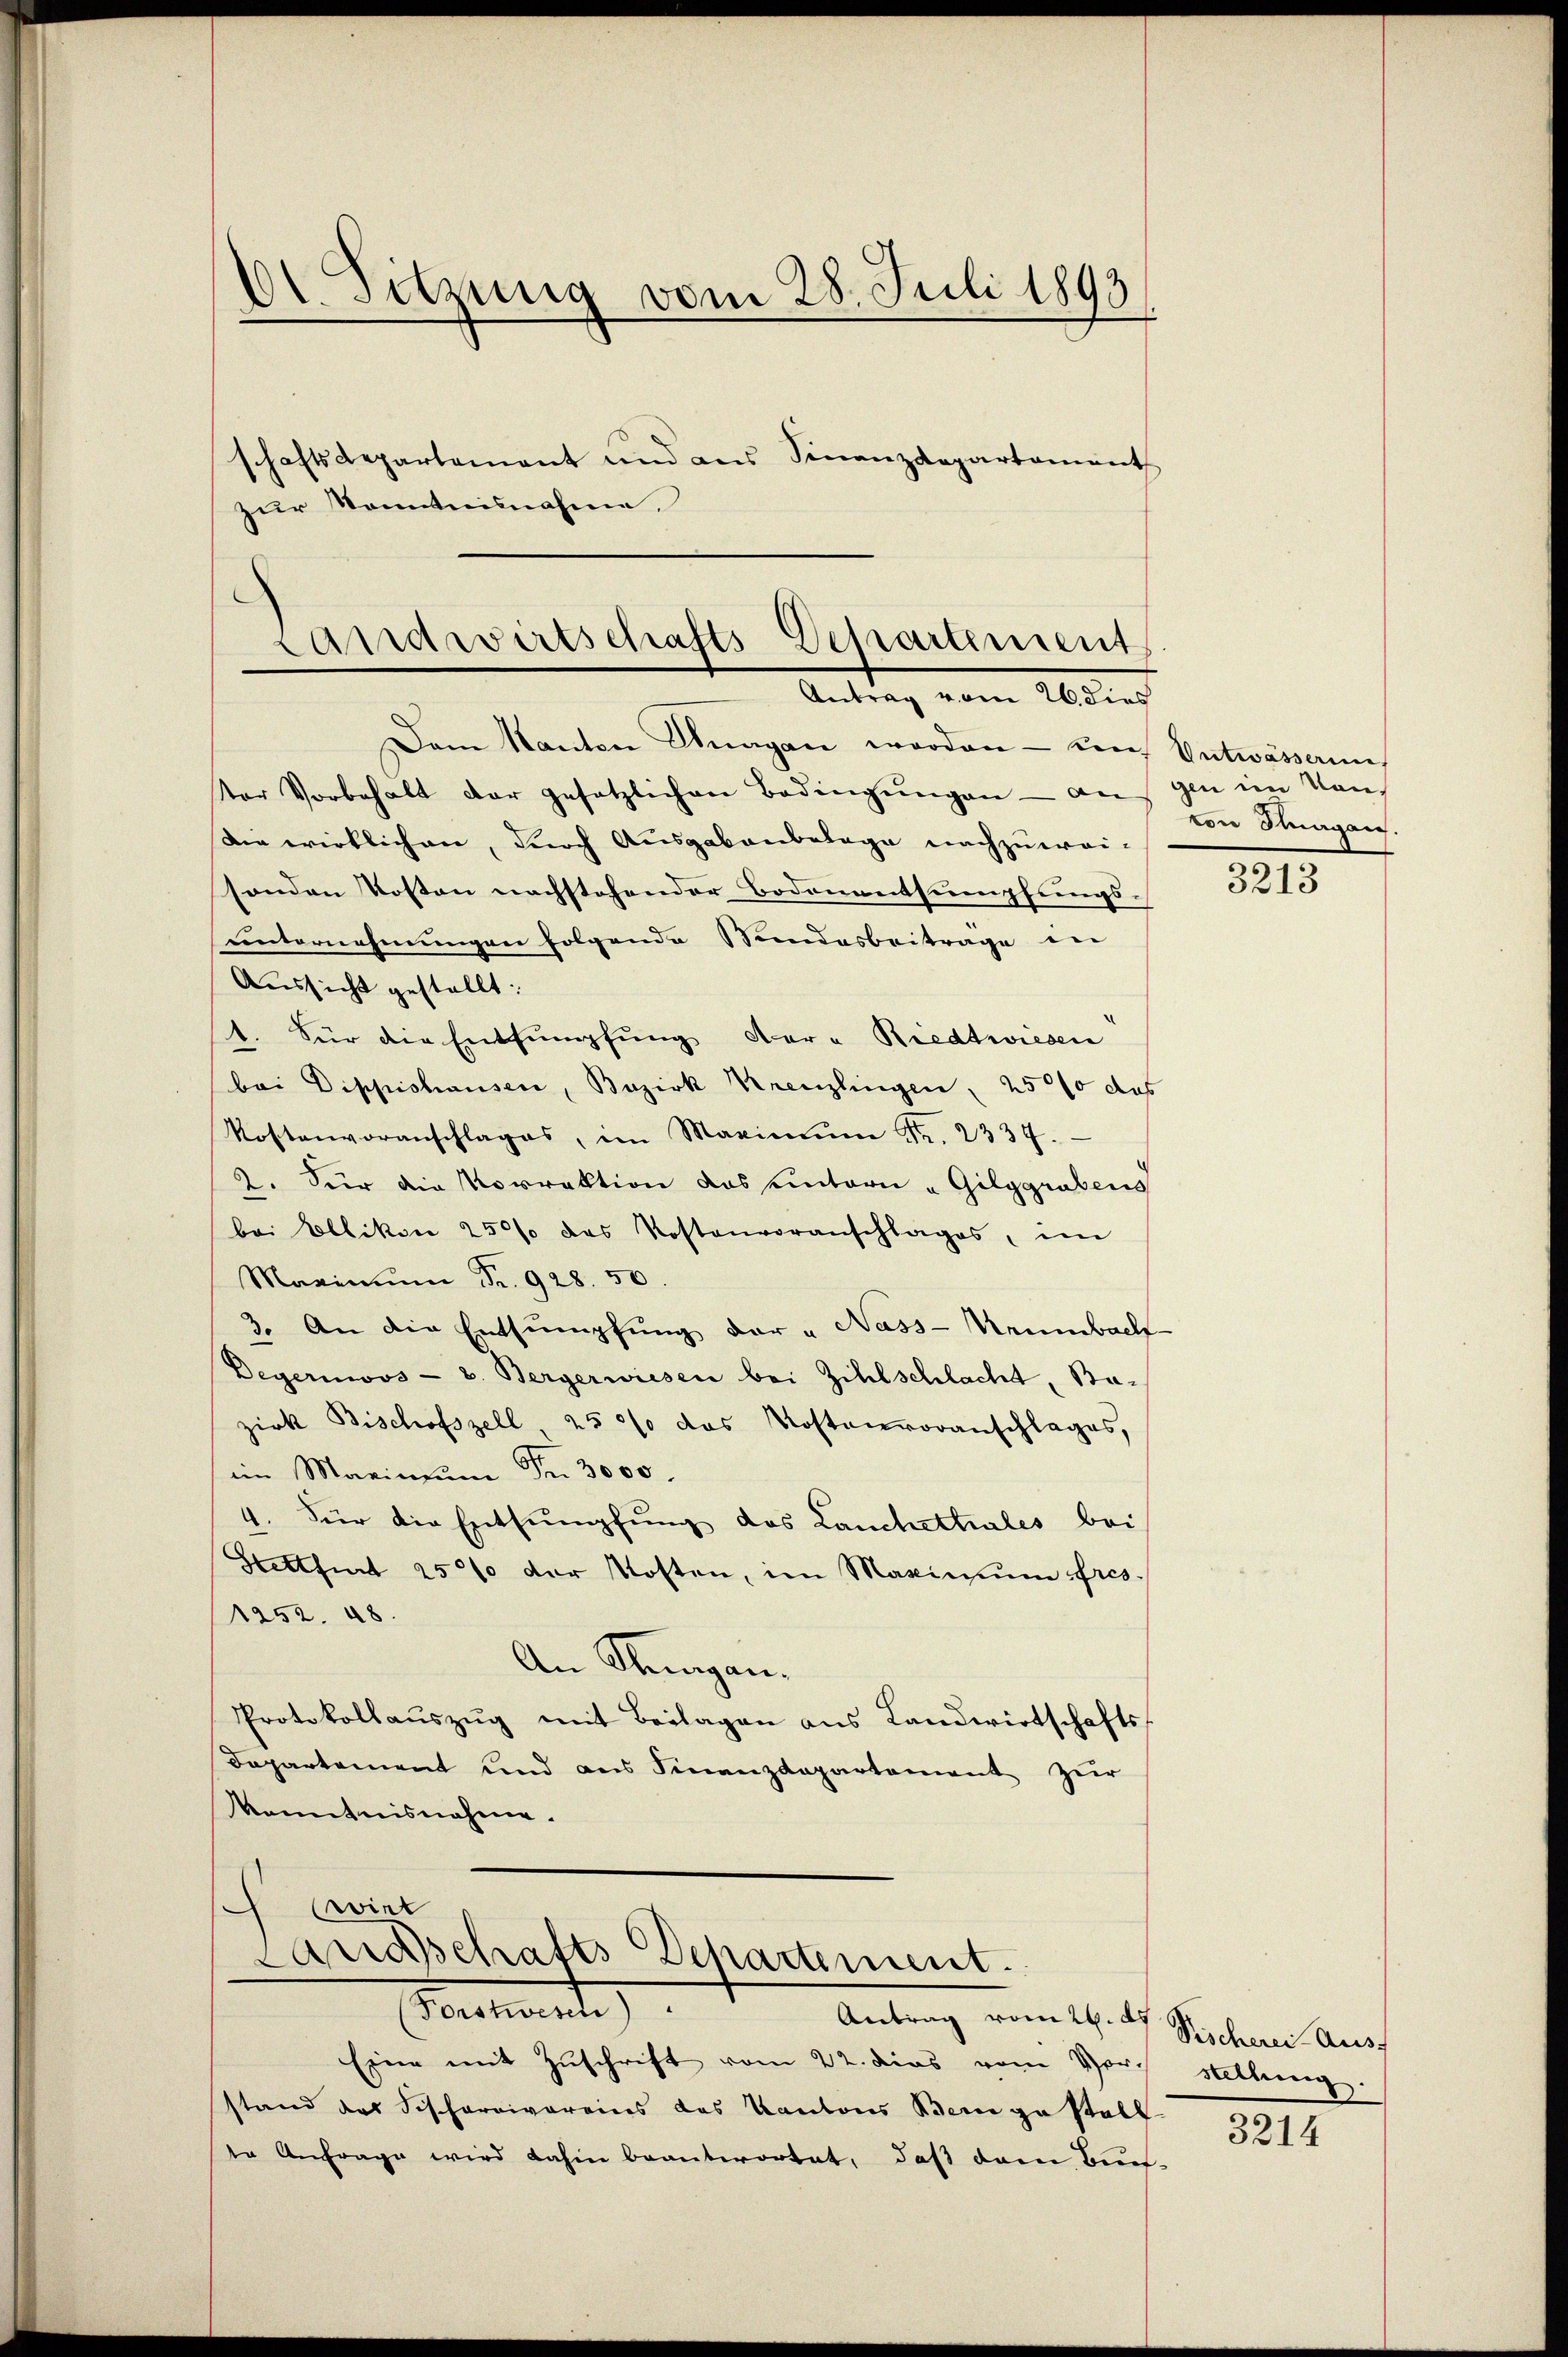
101. Sitzung vom 28. Juli 1893
Schaftsdepartement und aus Finanzdepartament
.
zur Kenntnisnahme,

Landwirtschafts Departement
Antrag vom 26. dies

Dem Kanton Dragan worden um Entwässerun
ter Vorbehalt der gesetzlichen Bedingŭngen - auf gen im Ven
Sie wirklichen, durch Ausgabenbelage nachzuweisonden Kosten nachstehender Bodenentsumpfungsunternehmungen folgende Stundesbeiträge der
Aussicht gestellt:
1. Für die Entsumpfung der - Riedtwiesen
bei Dippishausen, Bezirk Kreuzlingen, 25000 das
Kostenvoranschlages, im Maximŭm Fr. 2337.
2. Für die Vorraktion das eintern „Gilggrubens
bei Ellikon 250 das Kostenvoranschlages, im
Marinum Fr. 928. 50.
3. An die Entsumpfung der " Nass-Neubach
Degerinovs - u. Bergerwiesen bei Zihlschlacht, Bezirk Bischofszell, 250 das Kostenvoranschlages,
im Marinum Fr. 3000.
4. Für die Entsumpfung das Canchettiales bei
Stettfurt 2500 der Kosten, im Maximum fres
252. 48.
An Steigen.
Protokollaŭszŭg mit Beilagen ans Landwirtschafts-
Departement und aus Finanzdepartement zur
kanntnisnahme.
wirt
Landschafts Departement.
(Forstwesen)
Antrag vom 26. d. Pischerei Auss
Eine mit Zuschrift vom 22. dies vom Vorth stellung
stand das Fischarrivereins das Kantons Bern zu stell
te Anfrage wird dahin beantwortet, daß dem Bun-

von Magen.

3213

3214